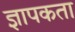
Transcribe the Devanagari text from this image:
ज्ञापकता